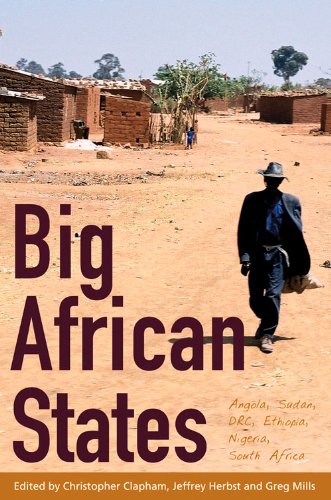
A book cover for Big African States: Angola, DRC, Ethiopia, Nigeria, South Africa, Sudan; History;